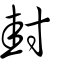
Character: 封